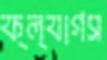
ফ্ল্যাগস